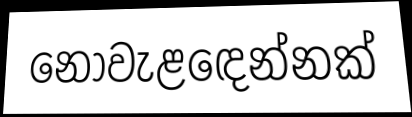
නොවැළඳෙන්නක්